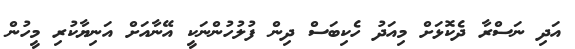
އަދި ނަސްރާ ދެކޮޅަށް މިއަދު ހެކިބަސް ދިން ފުލުހުންނަކީ އޭނާއަށް އަނިޔާކުރި މީހުން